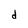
Character: d